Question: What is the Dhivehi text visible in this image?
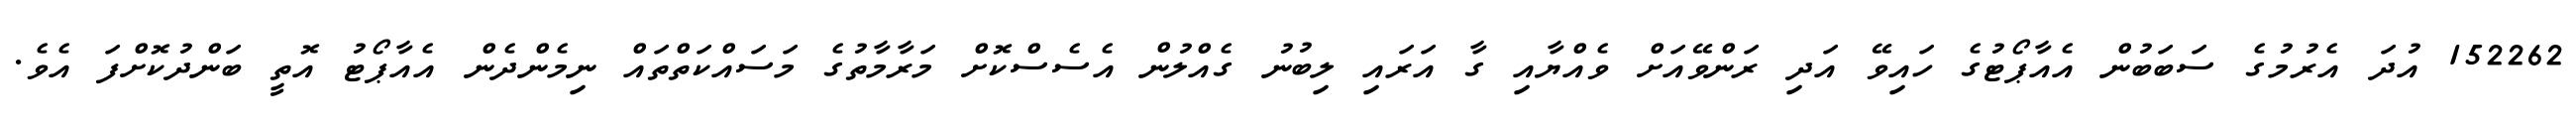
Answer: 152262 އުދަ އެރުމުގެ ސަބަބުން އެއާޕޯޓުގެ ހައިވޭ އަދި ރަންވޭއަށް ވެއްޔާއި ގާ އަރައި ލިބުނު ގެއްލުން އެސެސްކޮށް މަރާމާތުގެ މަސައްކަތްތައް ނިމެންދެން އެއާޕޯޓު އޮތީ ބަންދުކޮށްފަ އެވެ.